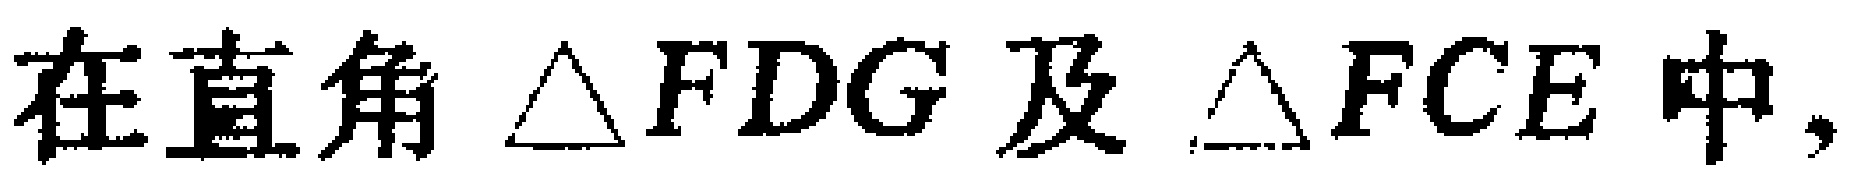
在直角$\triangle FDG$及$\triangle FCE$中，